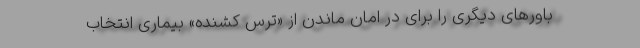
باورهای دیگری را برای در امان ماندن از «ترسِ کشنده» بیماری انتخاب